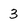
Character: 3